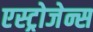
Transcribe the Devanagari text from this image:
एस्ट्रोजेन्स